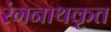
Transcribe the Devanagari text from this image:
रंगनाथकृत